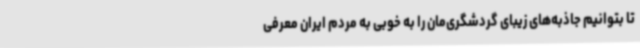
تا بتوانیم جاذبه‌های زیبای گردشگری‌مان را به خوبی به مردم ایران معرفی